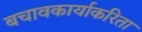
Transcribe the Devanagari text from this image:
बचावकार्याकरिता